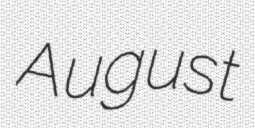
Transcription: August